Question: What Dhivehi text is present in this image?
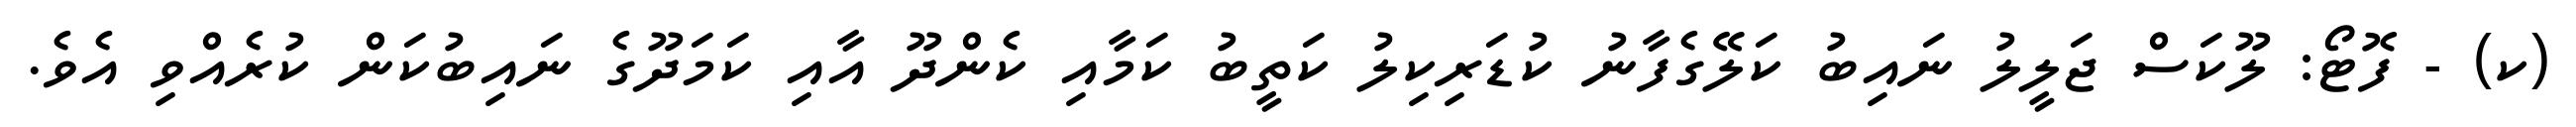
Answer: (ކ) - ފޮޓޯ: ލޫކަސް ޖަލީލު ނައިބު ކަލޭގެފާނު ކުޑަރިކިލު ކަތީބު ކަމާއި ކެންދޫ އާއި ކަމަދޫގެ ނައިބުކަން ކުރެއްވި އެވެ.